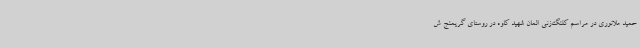
حمید ملانوری در مراسم کلنگ‌زنی المان شهید کاوه در روستای گریمنج ش